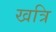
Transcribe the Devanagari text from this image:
खत्रि